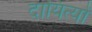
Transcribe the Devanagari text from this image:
दायित्यों